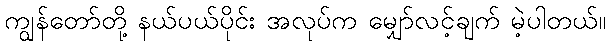
ကျွန်တော်တို့ နယ်ပယ်ပိုင်း အလုပ်က မျှော်လင့်ချက် မဲ့ပါတယ်။